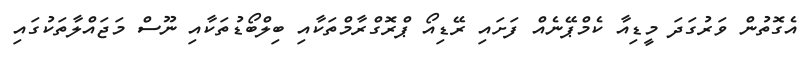
އެގޮތުން ވަރުގަދަ މީޑިއާ ކެމްޕޭނެއް ފަށައި ރޭޑިއޯ ޕްރޮގްރާމްތަކާއި ބިލްބޯޑުތަކާއި ނޫސް މަޖައްލާތަކުގައި